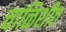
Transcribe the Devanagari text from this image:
चाळिशीत